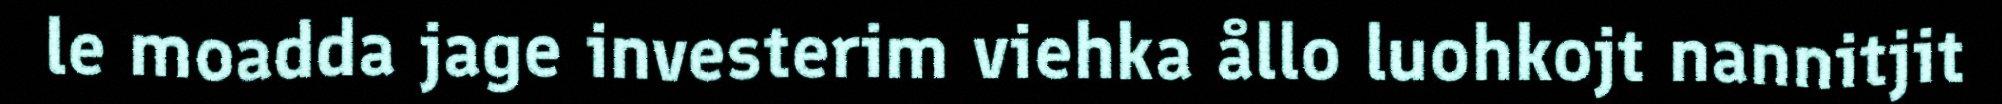
le moadda jage investerim viehka ållo luohkojt nannitjit